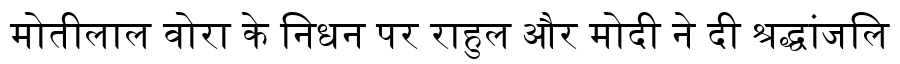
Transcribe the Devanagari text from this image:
मोतीलाल वोरा के निधन पर राहुल और मोदी ने दी श्रद्धांजलि